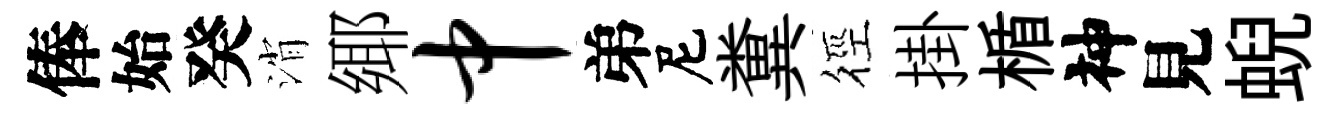
俸始癸消鄊中弟尼糞徑掛楯神見蜺